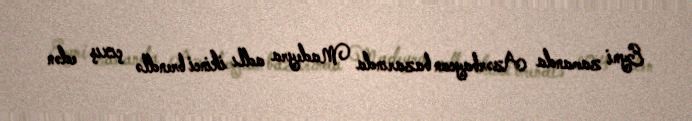
Eyni zamanda Azərbaycan bazarında Madeyra adlı ikinci brendlə çıxış edən